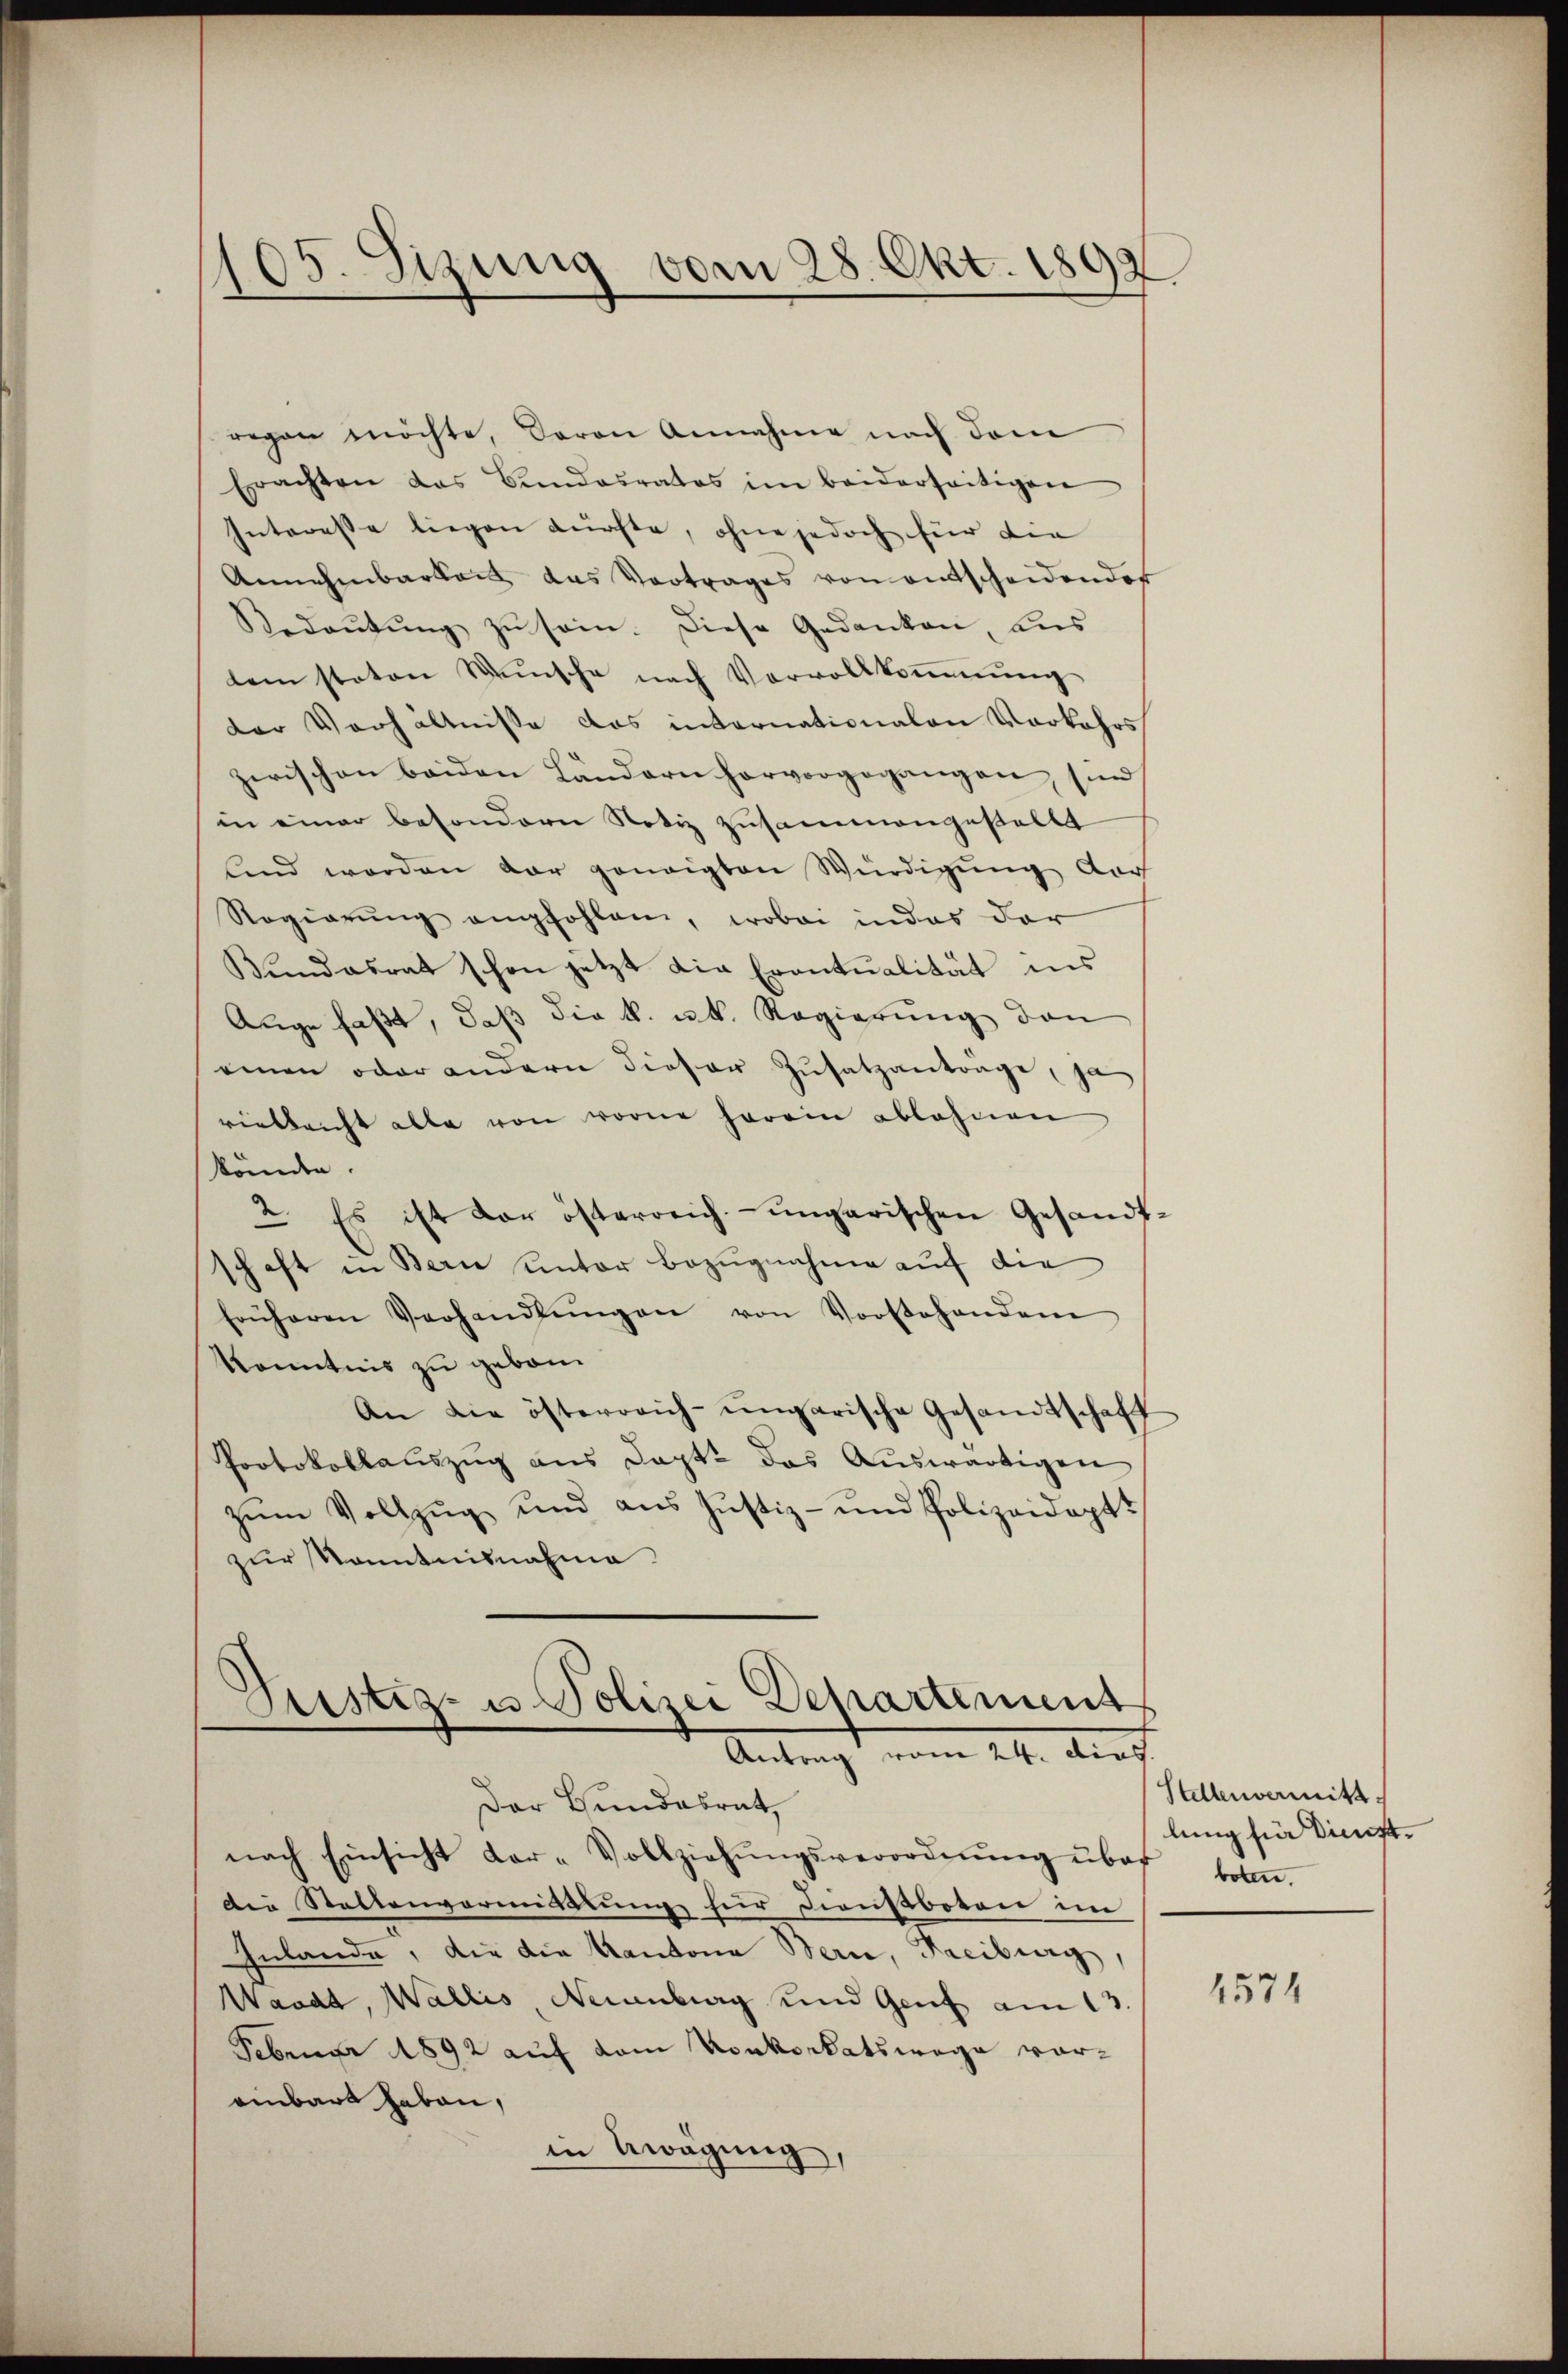
105. Sizung vom 28. Okt. 1892.

regen möchte, daran Annahme nach dem
Erachten das Bundesrates im beiderseitigen
Interesse liegen Kürchte, ohne jedoch für die
Annehmbarkeit das Vortrages von entscheidender
Redaŭtŭng zŭ sei. Diese Gedanken, aus
lem staton Wünsche nach Vervollkommung
der Verhältnisse das internationalen Vorkehrs
zwischen beiden Ländern hervorgegangen, sind
in einer besondern Notiz zusammengestellt
lind worden dar geneigten Würdigung der
Regierŭng empfohlen, wobei indes dar
Bundesrat schon jetzt die Eventualität ins
Auge faßt, daß die k. k. Regierung den
einen oder andern dieser Zusatzanträge, ja
vielleicht alle von vorne herein ablehnen
könnte
2. Es ist der österreich-ungarischen Gesandt
schaft in Bern unter Bezugnahme auf die
früheren Verhandlŭngen von Vorstehendem
Kenntnis zu gebor
An die österreich-ungarische Gesandtschaft
Protokollaŭszŭg ans Dapt. das Aŭswärtigen
zŭm Vollzŭg und ans Justiz- und Polizeidopt
zur Kenntnisnahme

Justiz- u. Polizei Departement
Antrag vom 24. dies

Der Bundesrath
nach Einsicht dar-Vollziehŭngsverordnŭng über bot.
die Stattenvormittlung für Dienstboten im
Inlande, die die Kantona Bern, Freiburg,
Waadt, Wallis, Neuenburg und Genf am 13.
Februar 1892 auf dem Konkordatswege voreibart haben,
in Ewagung,

Stellenvermitt
lung für Dienst.

4574